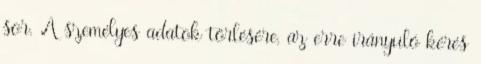
sor. A személyes adatok törlésére, az erre irányuló kérés